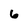
Character: 6